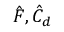
\hat { F } , \hat { C } _ { d }